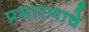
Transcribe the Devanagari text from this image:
प्रसारणाचे